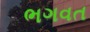
ભગવત